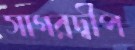
সাগরদ্বীপ